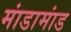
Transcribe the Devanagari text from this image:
मांडामांड